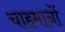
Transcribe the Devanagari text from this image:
चाहमानों